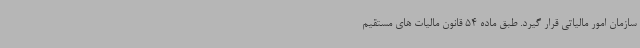
سازمان امور مالیاتی قرار گیرد. طبق ماده 54 قانون مالیات های مستقیم